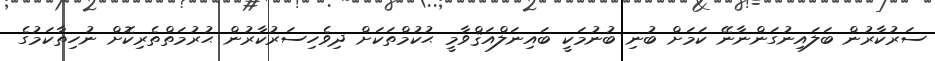
ސަރުކާރުން ބަލައިނުގަންނާނޭ ކަމަށް ބުނި ބުނުމަކީ ބައިނަލްއަޤްވާމީ ޙުކުމްތަކަށް ދިވެހިސަރުކާރުން ޙުރުމަތްތެރިކޮށް ނުހިތާކަމުގެ